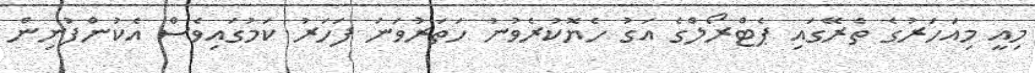
މިއީ މިއަހަރުގެ ތެރޭގައި ޕެޓްރޯލްގެ އަގު ހެޔޮކުރެވުނު ހަތަރުވަނަ ފަހަރު ކަމުގައިވެސް އެކުންފުނިން